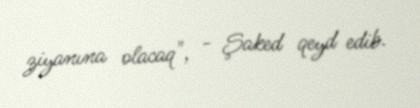
ziyanına olacaq", - Şaked qeyd edib.